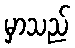
မှာသည်